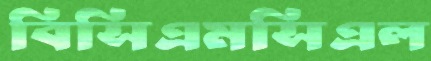
বিসিএমসিএল